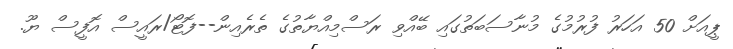
ޕީއަށް 50 އަހަރު ފުރުމުގެ މުނާސަބަތުގައި ބޭއްވި ރަސްމިއްޔާތުގެ ތެރެއިން--ފޮޓޯ/ރައީސް އޮފީސް ޔޫ.